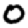
Digit: 0